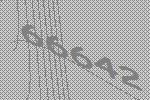
66642